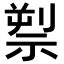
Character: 𥚘